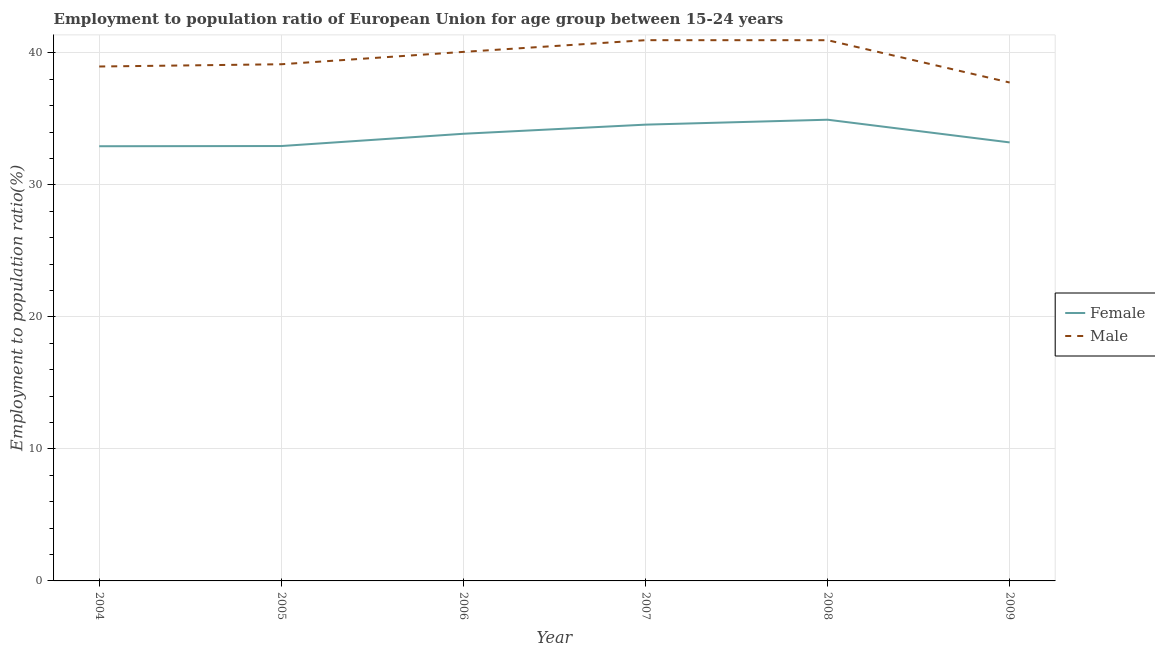
| Year | Female | Male |
 | --- | --- | --- |
 | 2004 | 32.9 | 39 |
 | 2005 | 32.9 | 39.1 |
 | 2006 | 33.9 | 40.1 |
 | 2007 | 34.6 | 41 |
 | 2008 | 34.9 | 41 |
 | 2009 | 33.2 | 37.8 |